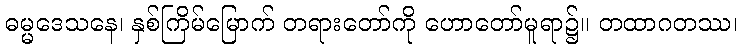
ဓမ္မဒေသနေ၊ နှစ်ကြိမ်မြောက် တရားတော်ကို ဟောတော်မူရာ၌။ တထာဂတဿ၊